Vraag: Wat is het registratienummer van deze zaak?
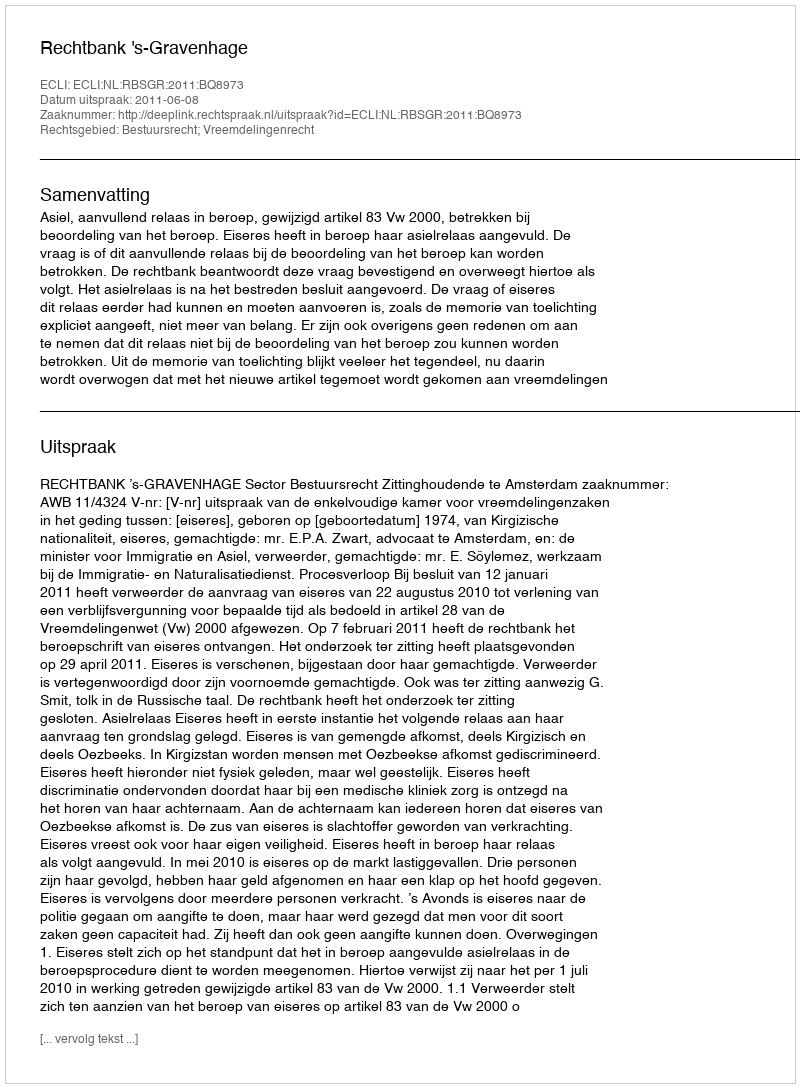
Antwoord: http://deeplink.rechtspraak.nl/uitspraak?id=ECLI:NL:RBSGR:2011:BQ8973